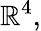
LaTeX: \mathbb{R}^{4},